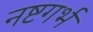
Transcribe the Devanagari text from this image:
नष्टगर्भ